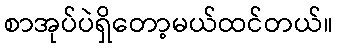
စာအုပ်ပဲရှိတော့မယ်ထင်တယ်။